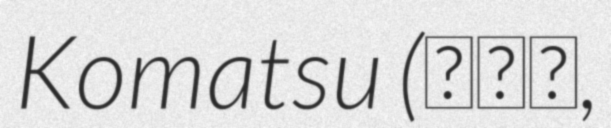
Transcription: Komatsu (小松町,